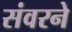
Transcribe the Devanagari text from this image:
संवरने